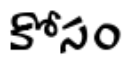
కోసం